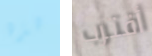
هذه أقترب